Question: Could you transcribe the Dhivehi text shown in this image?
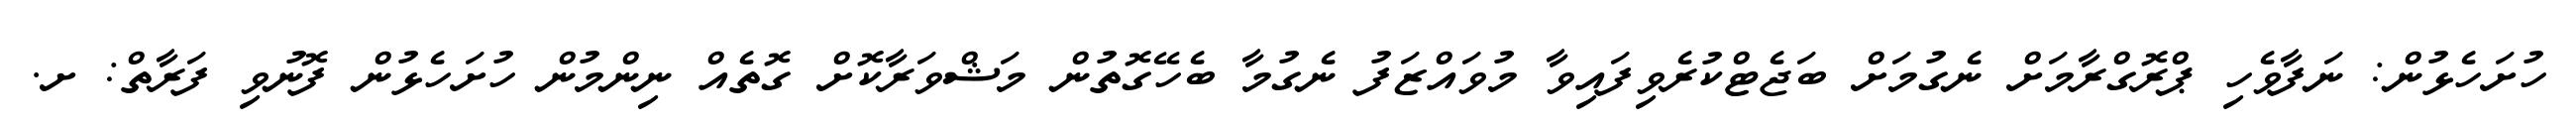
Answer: ހުށަހެޅުން: ނަފާވެހި ޕްރޮގްރާމަށް ނެގުމަށް ބަޖެޓްކުރެވިފައިވާ މުވައްޒަފު ނެގުމާ ބެހޭގޮތުން މަޝްވަރާކޮށް ގޮތެއް ނިންމުން ހުށަހެޅުން ފޮނުވި ފަރާތް: ށ.